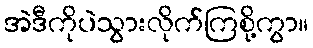
အဲဒီကိုပဲသွားလိုက်ကြစို့ကွာ။